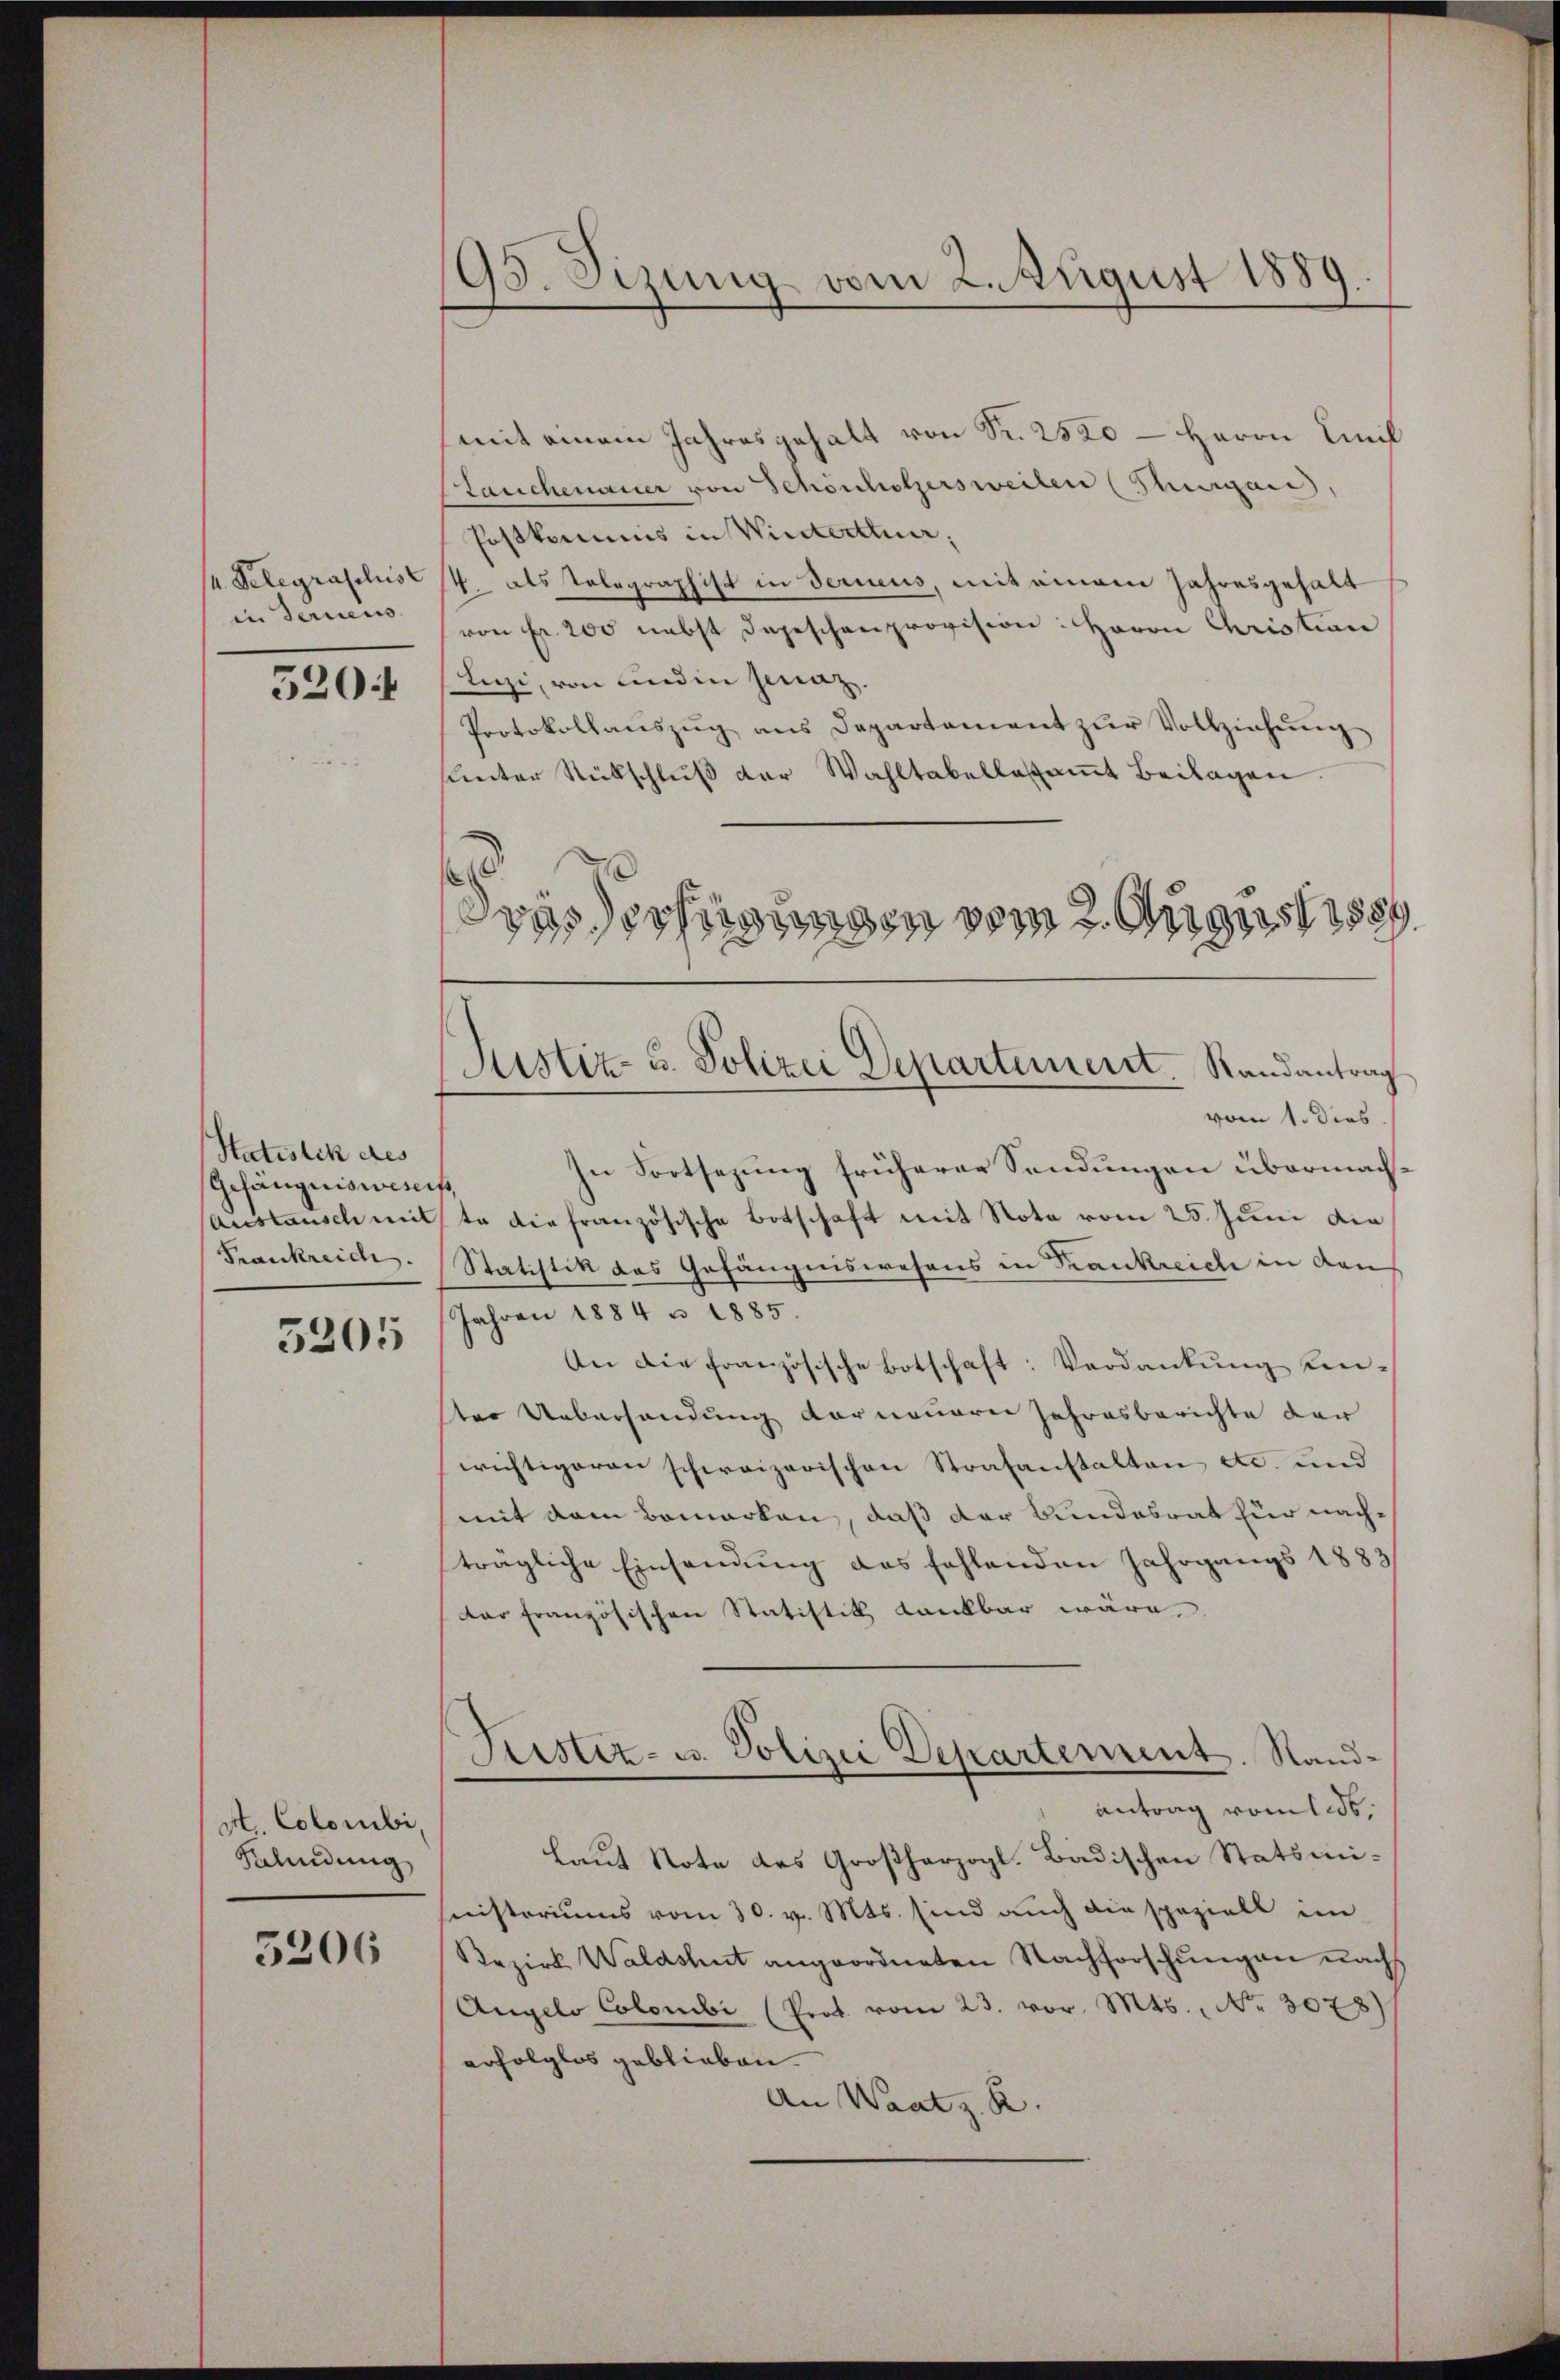
in Ferneus

5204

Statistik des
Gefängnisweseits,
Frankreich.

3205

dt Coloribi,
Kalendung

5206

93. Sizung vom 2. August 1889.

(mit einem Jahresgehalt von Fr. 2520 – Herrn Emil
Stauchenauer von Schönholzersweilen (Thurgau,
Postkommnis in Winterthur;
/4 Telegraphis 4. als Telegraphist in derneus, mit einem Jahresgehalt
von Fr. 200 nebst Depeschenprovision: Herrn Christian
tizi, von und in Genaz.
Protokollaŭszŭg ans Departament zŭr Vollziehŭng
sunter Rückschluß der Wahltabellesamt Beilagen
vom 1. dies.
In Fortsezung früherer Sendungen übermach¬
Austausch mit ta die französische Botschaft mit Nota vom 25. Juni die
Statistik des Gefängniswesens in Trankreich in den
Jahren 1884 u. 1885.
An die Französische Botschaft: Verdankŭng unster Uebersandung der neuern Jahresberichte der
wichtigeren schweizerischen Strafanstalten etc. und
mit dem Bemerken, daß der Bundesrat für nachträgliche Einsamung des fehlenden Jahrgangs 1883/
Dar französischen Statistik dankbar wäre.
Fristiz- u. Polizei Departement. Sandantrag vom 1. ds.
Laut Note des Großherzogl. Badischen Statsmihinisteriums vom 30. v. Mts. sind auch die speziell im
Bezirk Waldshut angeordneten Nachforschungen nachs
Angelo Colombi (Prot. vom 23. vor. Mts., No. 3078)
erfolglos geblieben
An Waatz. R.

digsterfügungen vom 2. August 1889
(Justiz- u. Polizei Departement. Randantrag